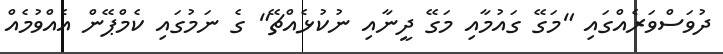
ދުވަސްވަރެއްގައި "މަގޭ ގައުމާއި މަގޭ ދީނާއި ނުކުޅެއްޗޭ" ގެ ނަމުގައި ކެމްޕޭން އެއްވުމެއް